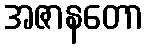
အဇာနတော